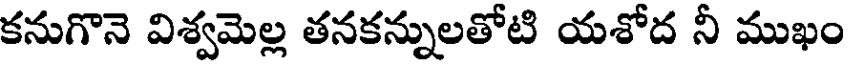
కనుగొనె విశ్వమెల్ల తనకన్నులతోటి యశోద నీ ముఖం